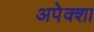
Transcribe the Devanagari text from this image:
अपेक्शा